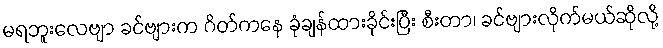
မရဘူးလေဗျာ ခင်ဗျားက ဂိတ်ကနေ ခုံချန်ထားခိုင်းပြီး စီးတာ၊ ခင်ဗျားလိုက်မယ်ဆိုလို့